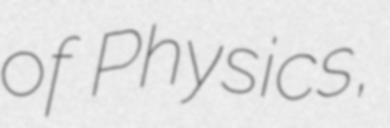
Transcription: of Physics,